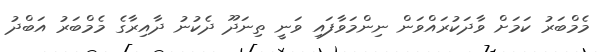
މެމްބަރު ކަމަށް ވާދަކުރައްވަން ނިންމަވާފައި ވަނީ ތިނަދޫ ދެކުނު ދާއިރާގެ މެމްބަރު އަބްދު